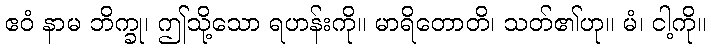
ဧဝံ နာမ ဘိက္ခု၊ ဤသို့သော ရဟန်းကို။ မာရိတောတိ၊ သတ်၏ဟု။ မံ၊ ငါ့ကို။